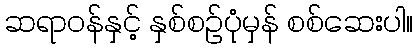
ဆရာဝန်နှင့် နှစ်စဉ်ပုံမှန် စစ်ဆေးပါ။